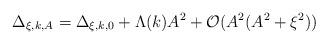
LaTeX: \begin{align*}\Delta_{\xi,k,A}=\Delta_{\xi,k,0}+\Lambda(k)A^2+\mathcal{O}(A^2(A^2+\xi^2))\end{align*}